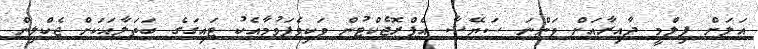
އަލަށް ފިލްމީ ދާއިރާއަށް ވަންނަ ސަޔޭޝާ އެޕްރޮޖެކްޓުން ވަކިވެފަވުމާއެކު ޓައިގަގެ ބަތަލާއަކަށް ޖެކްލިން